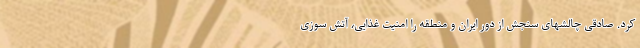
کرد. صادقی چالشهای سنجش از دور ایران و منطقه را امنیت غذایی، آتش سوزی